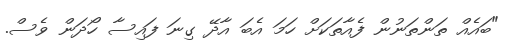
"ބައެއް ތަންތަނުން ފެއާތަކަށް ހަމަ އެބަ އާދޭ ގިނަ ފައިސާ ހޯދަން ވެސް.